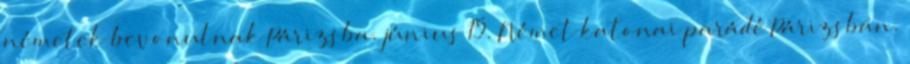
németek bevonulnak Párizsba. június 15. Német katonai parádé Párizsban.